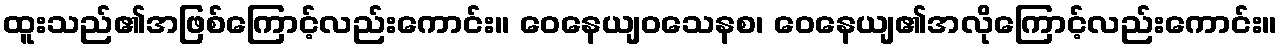
ထူးသည်၏အဖြစ်ကြောင့်လည်းကောင်း။ ဝေနေယျဝသေနစ၊ ဝေနေယျ၏အလိုကြောင့်လည်းကောင်း။